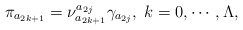
\begin{align*}\pi _{a_{2k+1}}=\nu _{a_{2k+1}}^{a_{2j}}\gamma _{a_{2j}},\;k=0,\cdots,\Lambda , \end{align*}